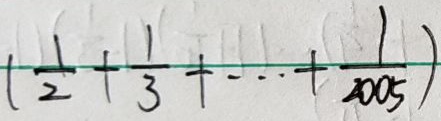
( \frac { 1 } { 2 } + \frac { 1 } { 3 } + \cdots + \frac { 1 } { 2 0 0 5 } )